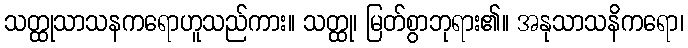
သတ္ထုသာသနကရောဟူသည်ကား။ သတ္ထု၊ မြတ်စွာဘုရား၏။ အနုသာသနိကရော၊